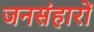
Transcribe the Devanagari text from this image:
जनसंहारों